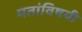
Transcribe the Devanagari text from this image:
मतांविषयी